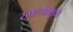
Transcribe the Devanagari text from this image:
रमल्यामुळे